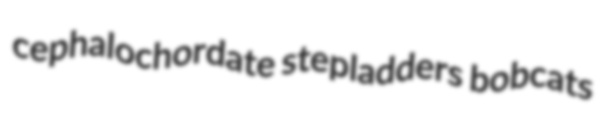
cephalochordate stepladders bobcats